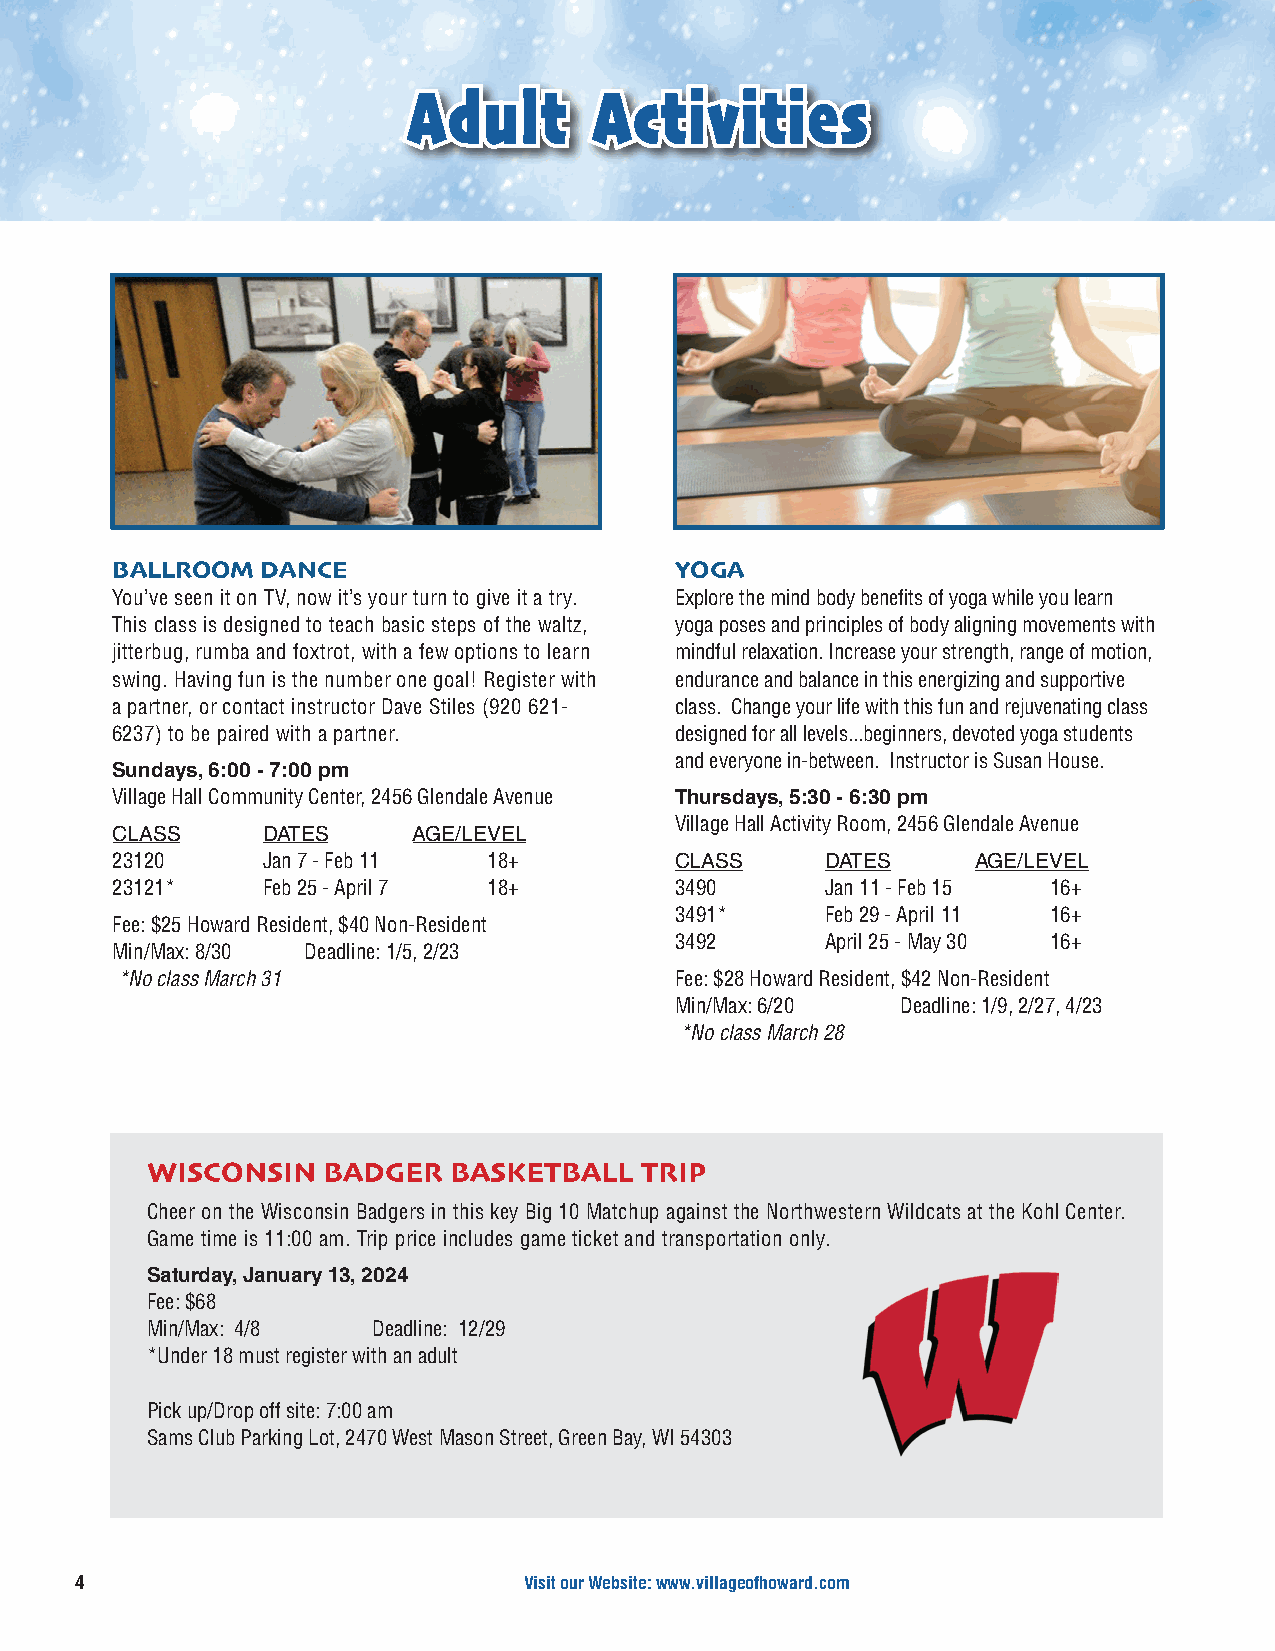
AAdduulltt  AAccttiivviittiieess
 BALLROOM  DANCE                       YOGA
 You’ve seen it on TV, now it’s your turn to give it a try. Explore the mind body benefits of yoga while you learn
 This class is designed to teach basic steps of the waltz, yoga poses and principles of body aligning movements with
 jitterbug, rumba and foxtrot, with a few options to learn mindful relaxation. Increase your strength, range of motion,
 swing. Having fun is the number one goal! Register with endurance and balance in this energizing and supportive
 a partner, or contact instructor Dave Stiles (920 621- class. Change your life with this fun and rejuvenating class
 6237) to be paired with a partner.    designed for all levels...beginners, devoted yoga students
 and everyone in-between. Instructor is Susan House.
 Sundays, 6:00 - 7:00 pm
 Village Hall Community Center, 2456 Glendale Avenue Thursdays, 5:30 - 6:30 pm
 Village Hall Activity Room, 2456 Glendale Avenue
 CLASS     DATES     AGE/LEVEL
 23120     Jan 7 - Feb 11 18+          CLASS     DATES     AGE/LEVEL
 23121*    Feb 25 - April 7 18+        3490      Jan 11 - Feb 15 16+
 3491*     Feb 29 - April 11 16+
 Fee: $25 Howard Resident, $40 Non-Resident
 3492      April 25 - May 30 16+
 Min/Max: 8/30 Deadline: 1/5, 2/23
 *No class March 31                   Fee: $28 Howard Resident, $42 Non-Resident
 Min/Max: 6/20  Deadline: 1/9, 2/27, 4/23
 *No class March 28
 WISCONSIN  BADGER   BASKETBALL  TRIP
 Cheer on the Wisconsin Badgers in this key Big 10 Matchup against the Northwestern Wildcats at the Kohl Center.
 Game time is 11:00 am. Trip price includes game ticket and transportation only.
 Saturday, January 13, 2024
 Fee: $68
 Min/Max: 4/8   Deadline: 12/29
 *Under 18 must register with an adult
 Pick up/Drop off site: 7:00 am
 Sams Club Parking Lot, 2470 West Mason Street, Green Bay, WI 54303
 4                             Visit our Website: www.villageofhoward.com